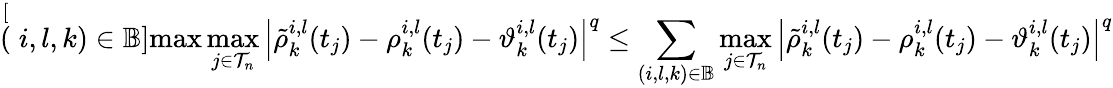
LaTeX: \stackrel[(i,l,k)\in\mathbb{B}]{\operatorname*{max}}\underset{j\in\mathcal{T}_{n}}{\operatorname*{max}}\left|\tilde{\rho}_{k}^{i,l}(t_{j})-\rho_{k}^{i,l}(t_{j})-\vartheta_{k}^{i,l}(t_{j})\right|^{q}\leq\underset{(i,l,k)\in\mathbb{B}}{\sum}\underset{j\in\mathcal{T}_{n}}{\operatorname*{max}}\left|\tilde{\rho}_{k}^{i,l}(t_{j})-\rho_{k}^{i,l}(t_{j})-\vartheta_{k}^{i,l}(t_{j})\right|^{q}